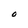
Character: O